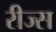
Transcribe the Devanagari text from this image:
रीज्स